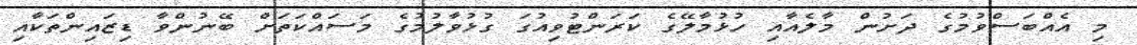
މި އެއްބަސްވުމުގެ ދަށުން މާލެއާއި ހުޅުމާލޭގެ ކަރަންޓުވިއުގަ ގުޅުވާލުމުގެ މަސައްކަތަށް ބޭނުންވާ ޑިޒައިންތަކާއި